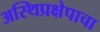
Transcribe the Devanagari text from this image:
अस्थिप्रक्षेपाचा